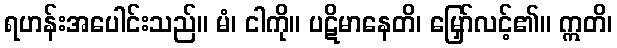
ရဟန်းအပေါင်းသည်။ မံ၊ ငါကို။ ပဋိမာနေတိ၊ မြှော်လင့်၏။ ဣတိ၊